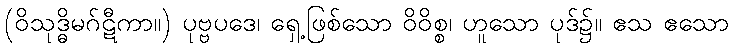
(ဝိသုဒ္ဓိမဂ်ဋီကာ။) ပုဗ္ဗပဒေ၊ ရှေ့ဖြစ်သော ဝိဝိစ္စ၊ ဟူသော ပုဒ်၌။ ဧသ ဧသော